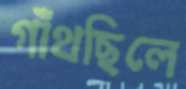
গাঁথছিলে